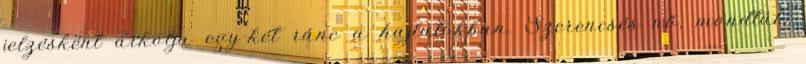
jelzésként árkolja egy-két ránc a hajlatokban. Szerencsés nő, mondták